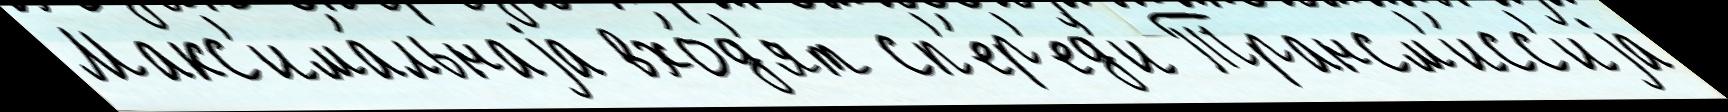
Макс'има́льнаjа вхо́д'ят сп'е́р'ед'и Трансм'и́сс'иjа